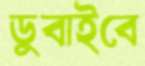
ডুবাইবে